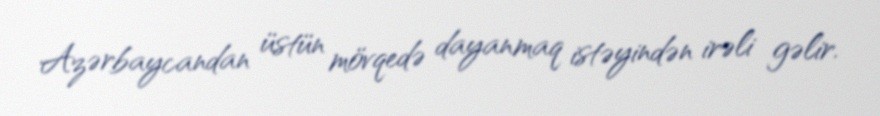
Azərbaycandan üstün mövqedə dayanmaq istəyindən irəli gəlir.